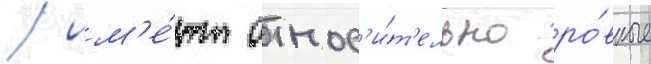
/ им'е́ют относ'и́т'ельно ро́вные